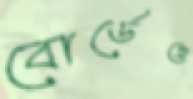
বোর্ডেও